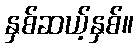
နှစ်ဆယ့်နှစ်။